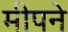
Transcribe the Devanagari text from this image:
मीपने